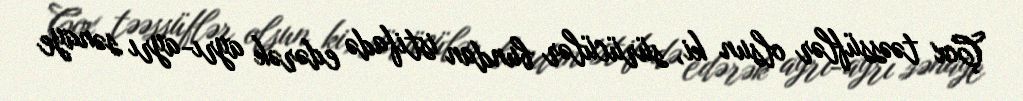
Çox təəssüflər olsun ki, sürücülər bundan istifadə edərək ayrı-ayrı sənaye